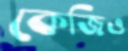
কেজিও